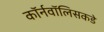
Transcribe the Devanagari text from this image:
कॉर्नवॉलिसकडे